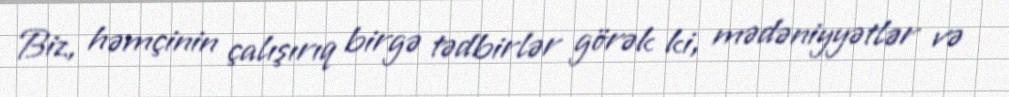
Biz, həmçinin çalışırıq birgə tədbirlər görək ki, mədəniyyətlər və